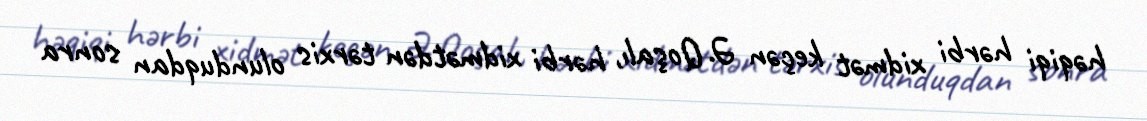
həqiqi hərbi xidmət keçən Ə. Qoşalı, hərbi xidmətdən tərxis olunduqdan sonra